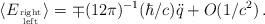
LaTeX: \begin{align*}\langle E_{{\rm right}\atop{\rm left}}\rangle =\mp (12\pi )^{-1}(\hbar /c)\ddot q+O(1/c^2)\, .\end{align*}